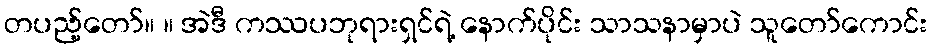
တပည့်တော်။ ။ အဲဒီ ကဿပဘုရားရှင်ရဲ့ နောက်ပိုင်း သာသနာမှာပဲ သူတော်ကောင်း